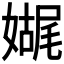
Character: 𫱬